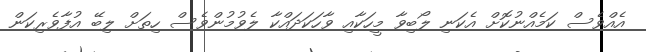
އެއްވެސް ކަމެއްނުކޮށް އެކަނި ލޯބިވާ މީހަކާއި ވާހަކަދައްކާ ލެވުމުންވެސް ހިތަށް ލިބޭ އުފާވެރިކަން